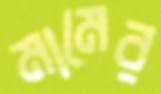
মামের